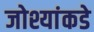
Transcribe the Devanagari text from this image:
जोश्यांकडे